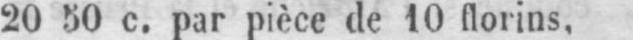
20 50 c. par pièce de 10 florins,